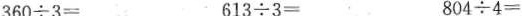
360÷3= 613÷3= 804÷4=